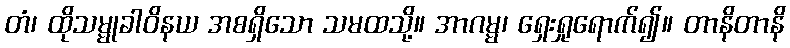
တံ၊ ထိုသမ္မုခါဝိနယ အစရှိသော သမထသို့။ အာဂမ္မ၊ ရှေးရှုရောက်၍။ တာနိတာနိ